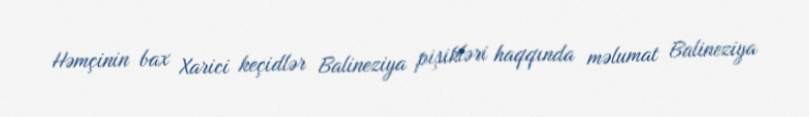
Həmçinin bax Xarici keçidlər Balineziya pişikləri haqqında məlumat Balineziya